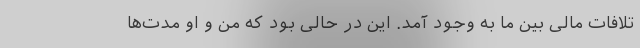
تلافات مالی بین ما به وجود آمد. این در حالی بود که من و او مدت‌ها